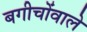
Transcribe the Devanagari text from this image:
बगीचोंवाले